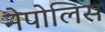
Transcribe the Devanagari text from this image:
नेपोलिस